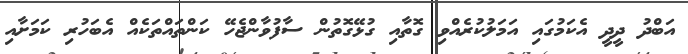
އަބްދު ދީދީ އެކަމުގައި އަމަލުކުރެއްވި ގޮތާއި ގުޅޭގޮތުން ސާފުވާންޖެހޭ ކަންތައްތަކެއް އެބަހުރި ކަމަށާއި